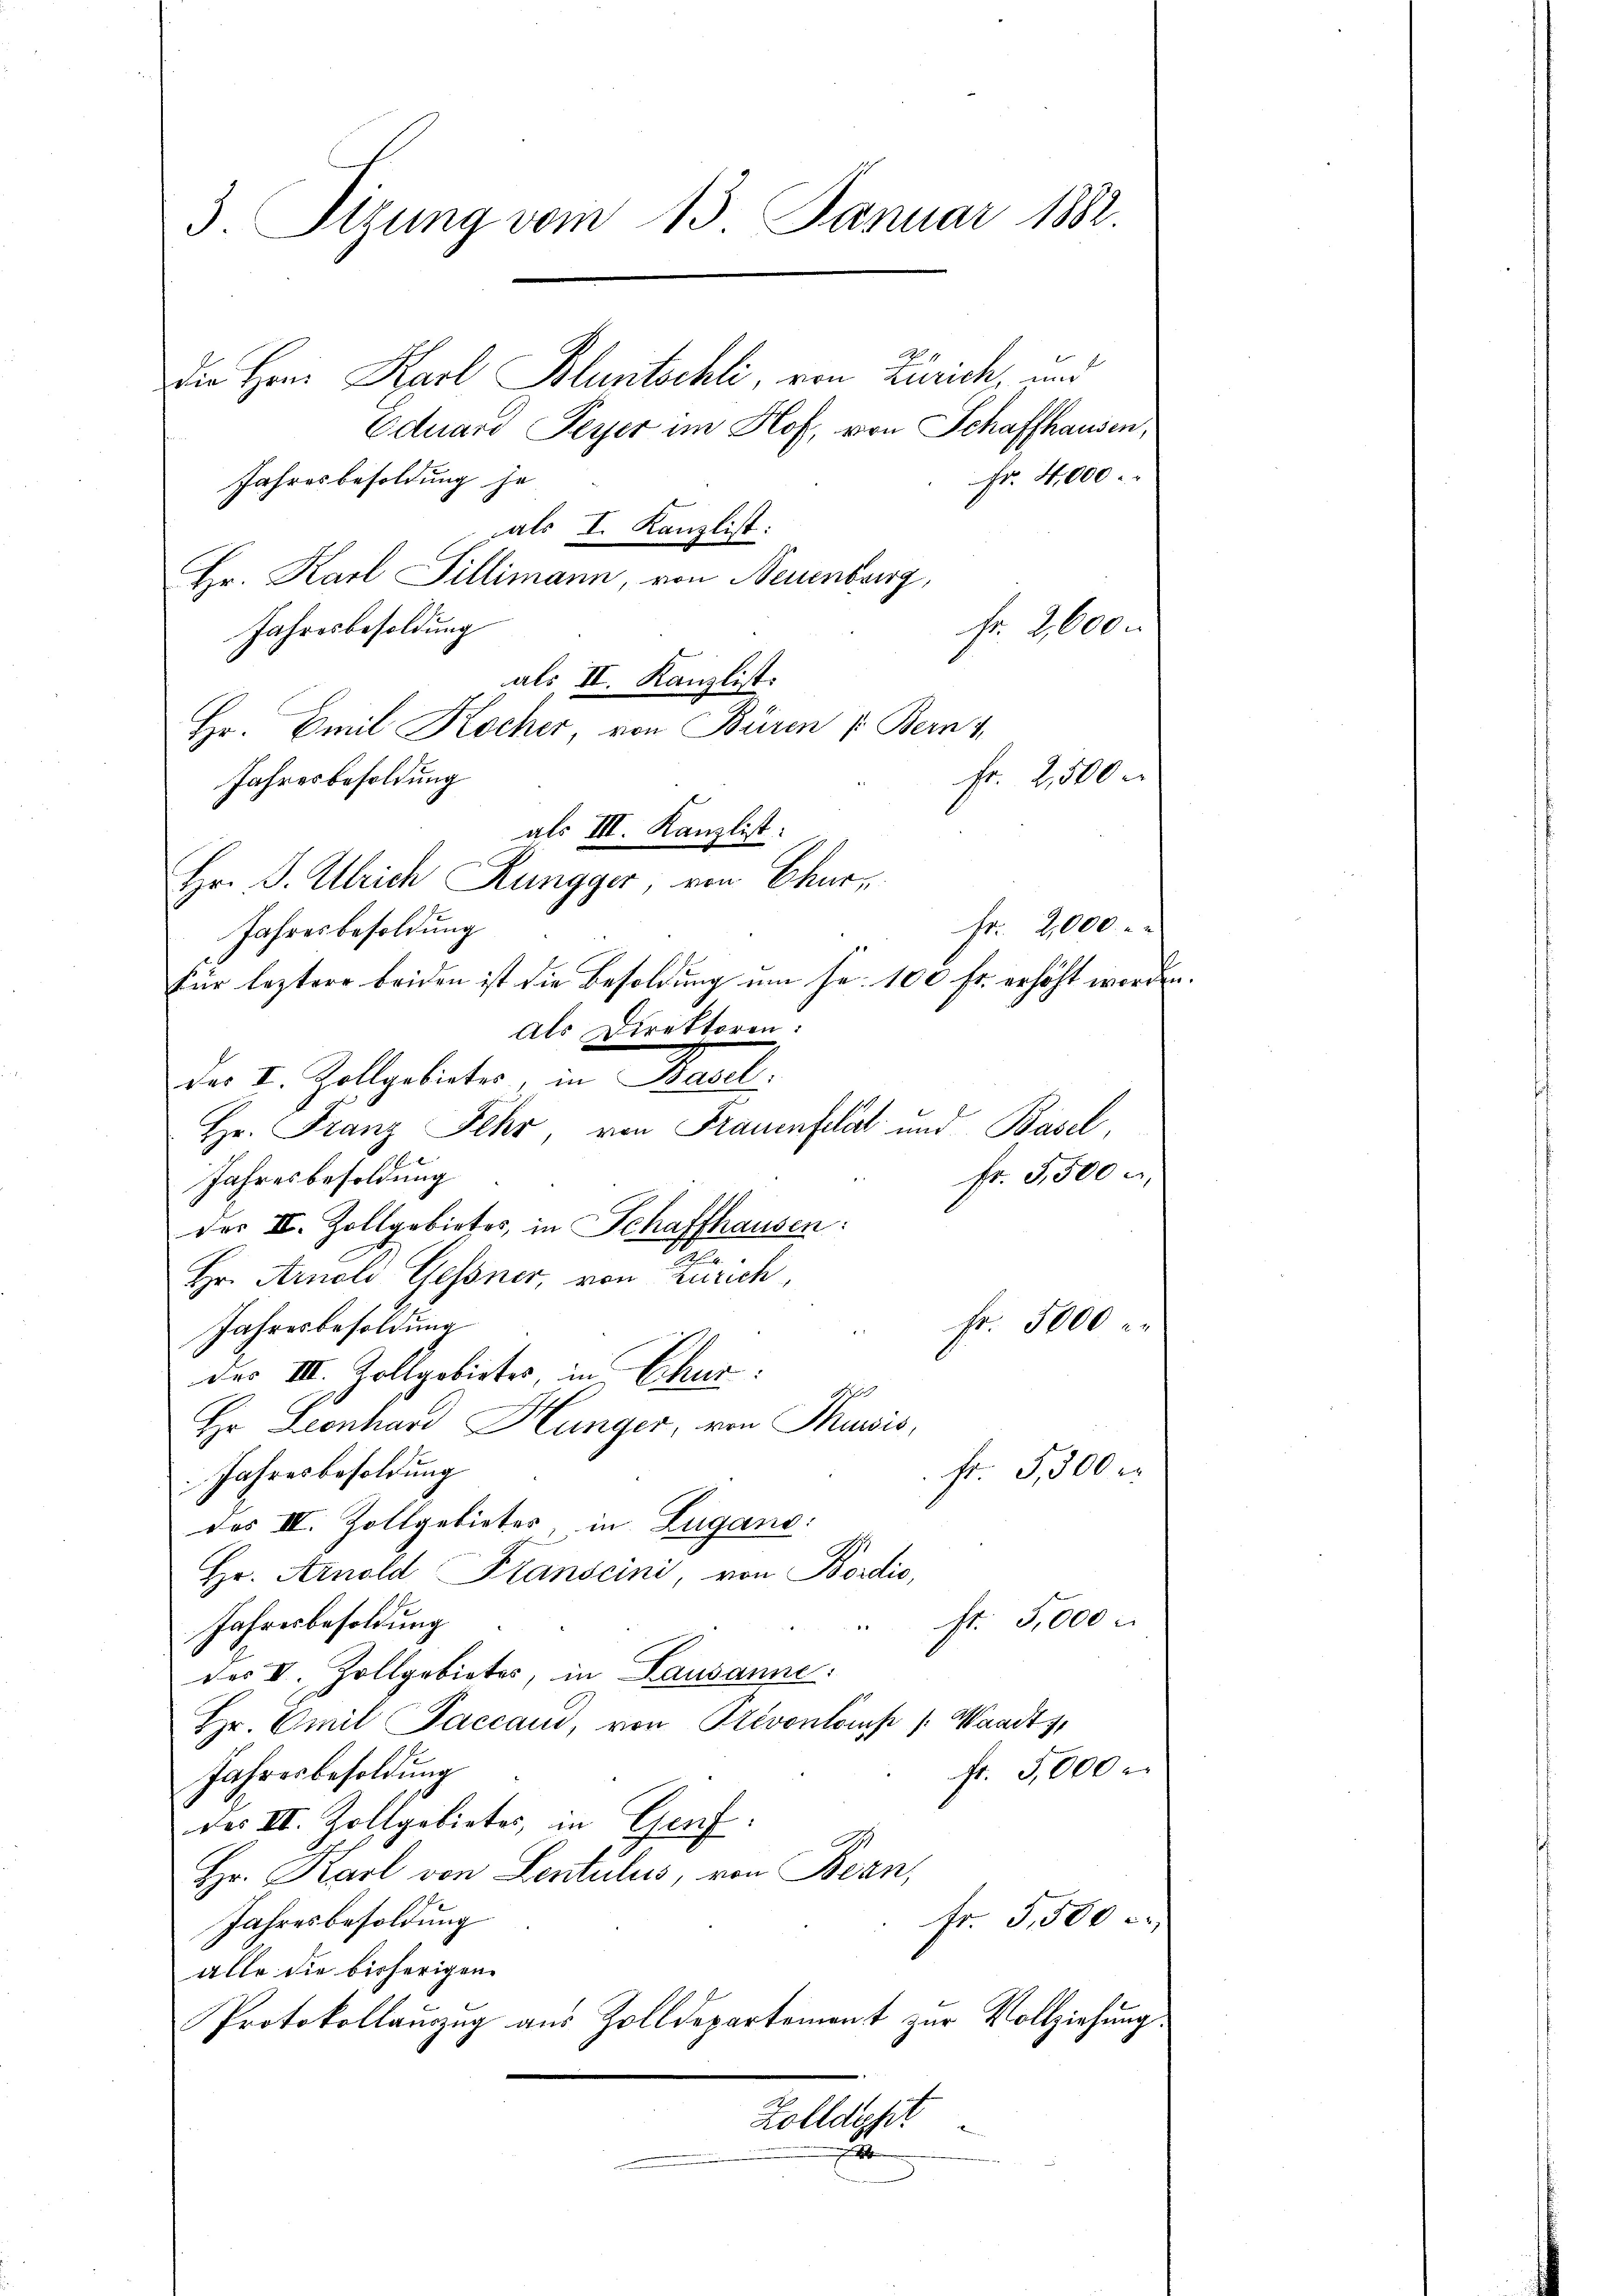
3. Tizung vom 13. Januar 1882.

Die Herr Karl Bluntschli, von Zürich, und
Eduard Peyer im Hof, von Schaffhausen,
Fr. 4,000.
Jahresbesoldung je
als I. Kanzlist:
Hr. Karl Pillimann, von Neuenburg,
Jahresbesoldung
als II. Kanzlist.
Hr. Emil Kocher, von Büren v. Bern
fr. 2,500
Fr. 2,000.- u.
Für leztere beiden ist die Besoldung am Fr. 100 fr. erhöht worden.
als Direktoren:
de v. Zollgebieter in Basel
Hr. Franz Sehr von Frauenfeldt und Basel,
fr. 3,500 u.
Jahresbesoldung
der II. Zollgebietes, in Schaffhausen:
Hr. Arnold Gessner, von Zürich,
Fr. 5000
Jahresbesoldung
des III. Zollgobietes, in Schur:
Hr Leonhard Hunger, von Thusis,
Jahresbesoldung
fr. 5,500 r
des IV. Zollgebietes in Zugano.
Hr. Arnold Franscini, von Bordio,
fr. 5,000
Jahresbesoldung
1
des V. Zollgebietes, in Lausanne
Hr. Emil Jaccaud, von Stevonloms /: Waadt 11
fr. 5,000
Jahresbesoldung
des III. Zollgebietes, in Genf.
Hr. Karl von Lentulus, von Bern,
fr. 5,500
Jahresbesoldung
alle die bisherigen
Protokollauszug aus Zolldepartement zur Vollziehung
Zolldyfer
d

Jahresbesoldung
als III. Kanzlist.
Hr. J. Ulrich Rungger, von Chur,
Jahresbesoldung

fr. 2600.